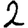
Digit: 2